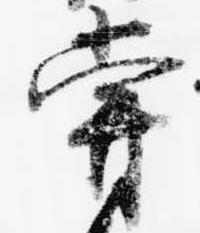
嘗